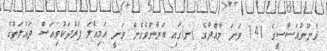
ޤާނޫނުއަސާސީގެ 141 ވަނަ މާއްދާގެ (ނ)ގައި ބަޔާންވެގެން ވަނީ އަމިއްލަ ފަރުދަކުވިއަސް ދައުލަތުގެ